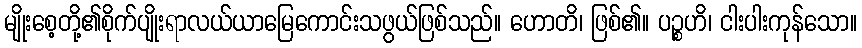
မျိုးစေ့တို့၏စိုက်ပျိုးရာလယ်ယာမြေကောင်းသဖွယ်ဖြစ်သည်။ ဟောတိ၊ ဖြစ်၏။ ပဉ္စဟိ၊ ငါးပါးကုန်သော။